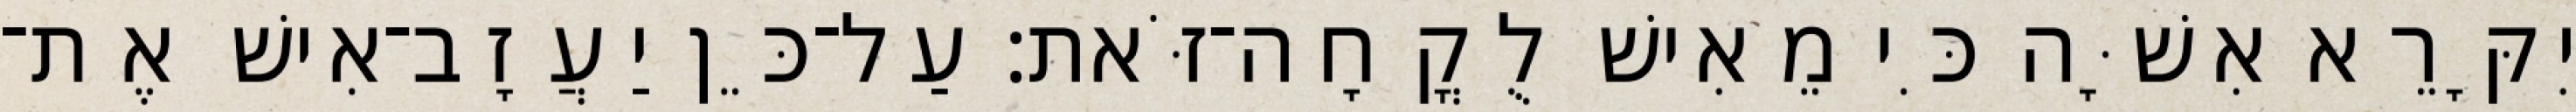
יִקָּרֵא אִשָּׁה כִּי מֵאִישׁ לֻקֳחָה־זֹּאת׃ עַל־כֵּן יַעֲזָב־אִישׁ אֶת־